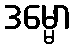
ဒမ္မော